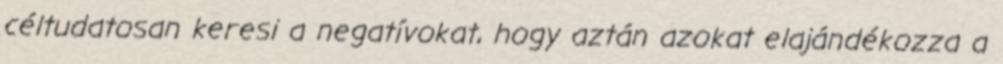
céltudatosan keresi a negatívokat, hogy aztán azokat elajándékozza a